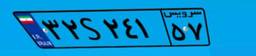
۳۲S۲۴۱۵۷